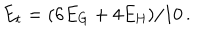
E _ { \mathrm { t } } = ( 6 E _ { \mathrm { G } } + 4 E _ { \mathrm { H } } ) / 1 0 \, .